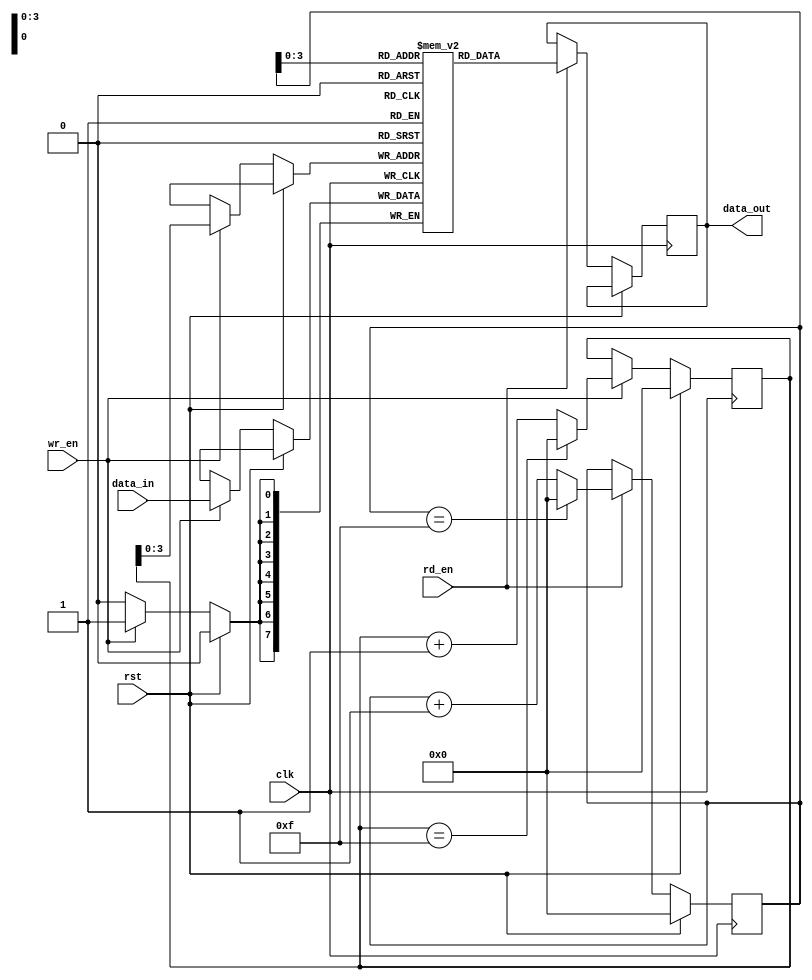
module fifo(
  input clk,
  input rst,
  input wr_en,
  input rd_en,
  input [DATA_WIDTH-1:0] data_in,
  output reg [DATA_WIDTH-1:0] data_out
);

parameter DATA_WIDTH = 8;
parameter DEPTH = 16;

reg [DATA_WIDTH-1:0] fifo_mem [0:DEPTH-1];
reg [4:0] wr_ptr;
reg [4:0] rd_ptr;

always @(posedge clk) begin
  if (rst) begin
    wr_ptr <= 0;
    rd_ptr <= 0;
  end else begin
    if (wr_en) begin
      fifo_mem[wr_ptr] <= data_in;
      wr_ptr <= (wr_ptr == DEPTH-1) ? 0 : wr_ptr + 1;
    end
    if (rd_en) begin
      data_out <= fifo_mem[rd_ptr];
      rd_ptr <= (rd_ptr == DEPTH-1) ? 0 : rd_ptr + 1;
    end
  end
end

endmodule